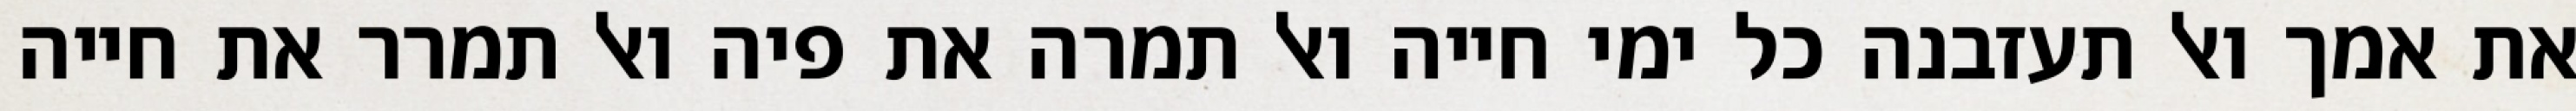
את אמך ואל תעזבנה כל ימי חייה ואל תמרה את פיה ואל תמרר את חייה